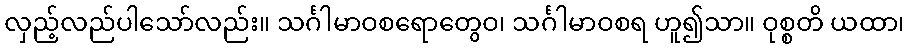
လှည့်လည်ပါသော်လည်း။ သင်္ဂါမာဝစရောတွေဝ၊ သင်္ဂါမာဝစရ ဟူ၍သာ။ ဝုစ္စတိ ယထာ၊